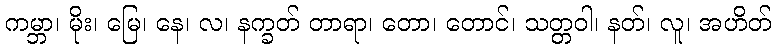
ကမ္ဘာ၊ မိုး၊ မြေ၊ နေ၊ လ၊ နက္ခတ် တာရာ၊ တော၊ တောင်၊ သတ္တဝါ၊ နတ်၊ လူ၊ အဟိတ်